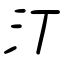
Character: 汀